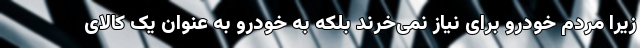
زیرا مردم خودرو برای نیاز نمی‌خرند بلکه به خودرو به عنوان یک کالای